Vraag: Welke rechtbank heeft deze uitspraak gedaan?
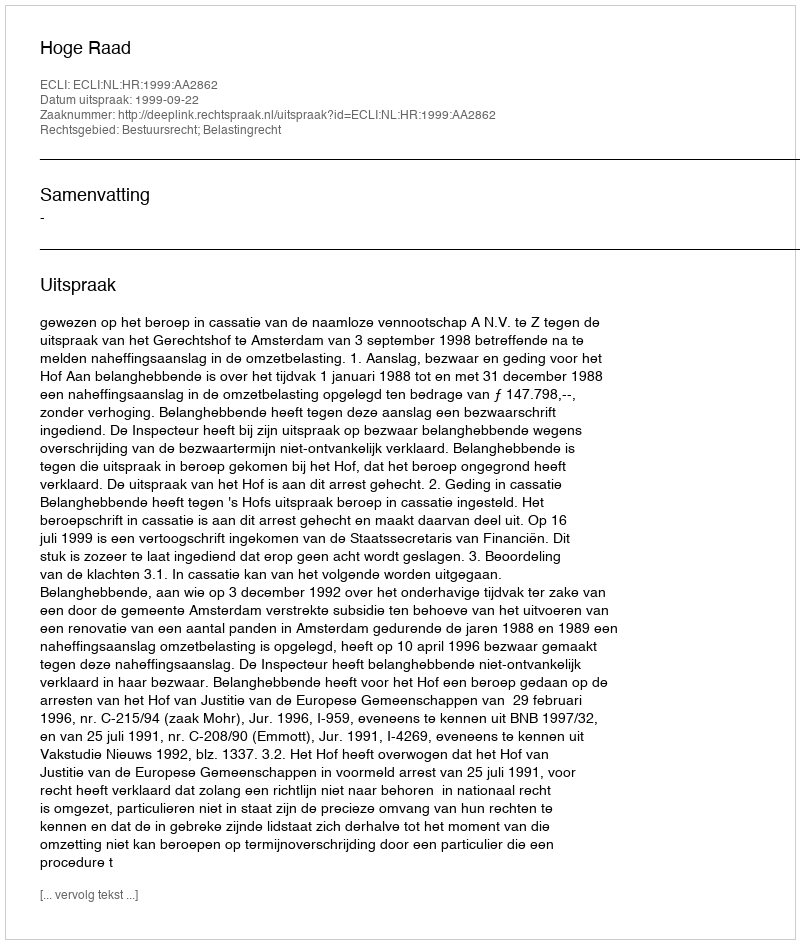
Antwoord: Hoge Raad